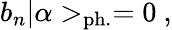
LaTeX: b_{n}|\alpha>_{\mathrm{ph.}}=0~,